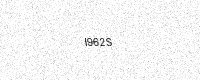
Text: I962S